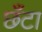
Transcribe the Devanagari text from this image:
छँटा